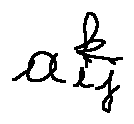
a _ { i j } ^ { k }